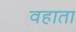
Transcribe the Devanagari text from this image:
वहाता